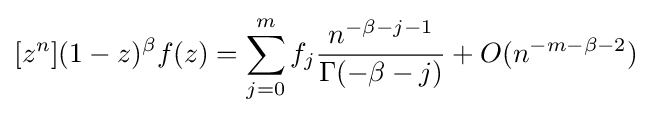
[z^{n}](1-z)^{\beta }f(z)=\sum _{j=0}^{m}f_{j}{\frac {n^{-\beta -j-1}}{\Gamma (-\beta -j)}}+O(n^{-m-\beta -2})